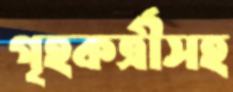
গৃহকর্ত্রীসহ